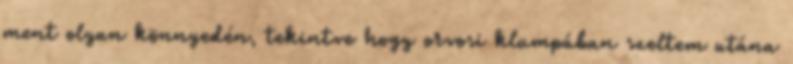
ment olyan könnyedén, tekintve hogy orvosi klumpában szeltem utána